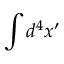
\int d ^ { 4 } x ^ { \prime }